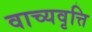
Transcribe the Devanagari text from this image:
वाच्यवृत्ति